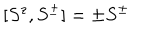
[ S ^ { z } , S ^ { \pm } ] = \pm S ^ { \pm }